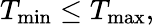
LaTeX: T_{\mathrm{min}}\leq T_{\mathrm{max}},